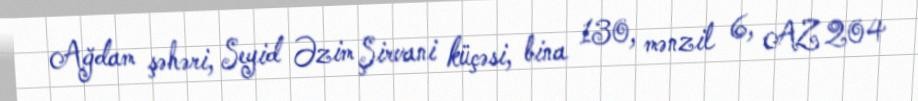
Ağdam şəhəri, Seyid Əzim Şirvani küçəsi, bina 130, mənzil 6, AZ 204